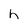
Character: h